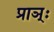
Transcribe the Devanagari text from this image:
प्राञ्ः